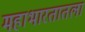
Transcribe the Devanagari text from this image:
महाभारतातला